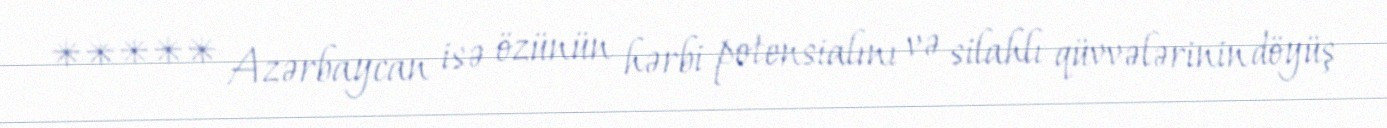
***** Azərbaycan isə özünün hərbi potensialını və silahlı qüvvələrinin döyüş